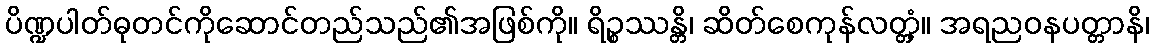
ပိဏ္ဍပါတ်ဓုတင်ကိုဆောင်တည်သည်၏အဖြစ်ကို။ ရိဉ္စဿန္တိ၊ ဆိတ်စေကုန်လတ္တံ့။ အရညဝနပတ္တာနိ၊